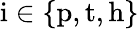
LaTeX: \mathrm{i}\in\{ \mathrm{p},\mathrm{t},\mathrm{h}\}